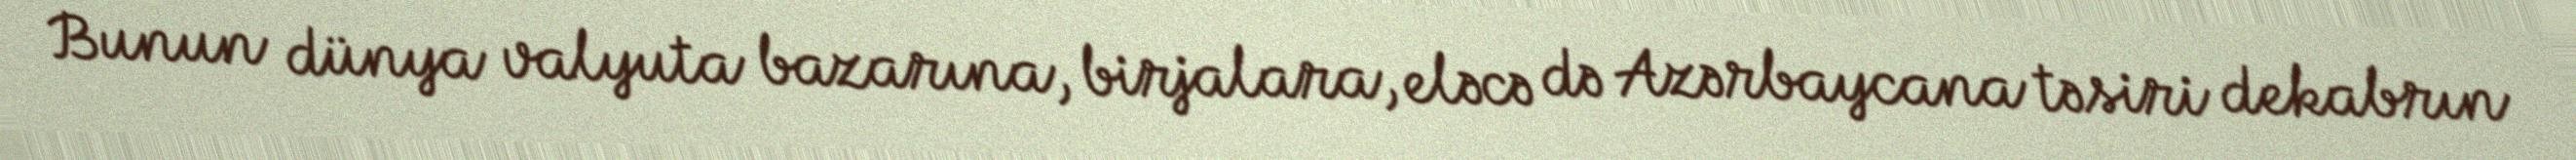
Bunun dünya valyuta bazarına, birjalara, eləcə də Azərbaycana təsiri dekabrın